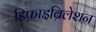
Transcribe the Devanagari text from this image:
डिफ़ाइब्रिलेशन